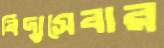
বিদ্যুসেবার